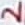
Text: 2